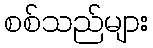
စစ်သည်များ